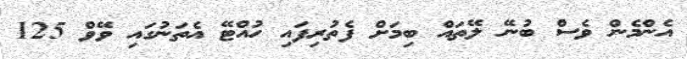
އެންމެން ވެސް ބުނޭ ލޭތައް ބިމަށް ފެތުރިފައި ހުއްޓޭ އެތަނުގައި ވޭވް 125